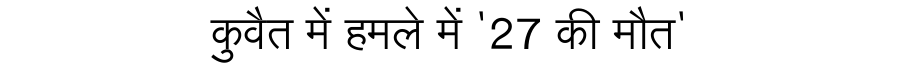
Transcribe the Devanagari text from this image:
कुवैत में हमले में '27 की मौत'